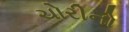
ચોરીનો